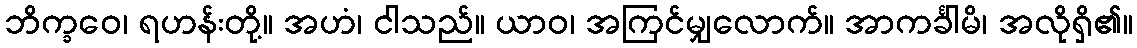
ဘိက္ခဝေ၊ ရဟန်းတို့။ အဟံ၊ ငါသည်။ ယာဝ၊ အကြင်မျှလောက်။ အာကင်္ခါမိ၊ အလိုရှိ၏။